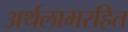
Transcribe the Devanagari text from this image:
अर्थलाभरहित